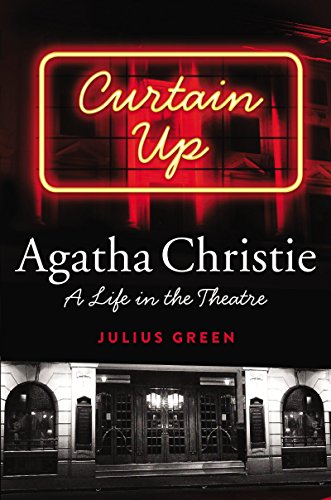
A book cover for Curtain Up: Agatha Christie: A Life in the Theatre; Julius Green; Biographies & Memoirs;